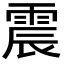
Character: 震